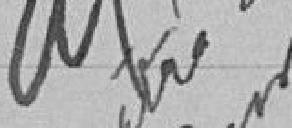
Vu pour être annexé à l'arrêté de ce jour.